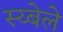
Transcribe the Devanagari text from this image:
स्य्बेले